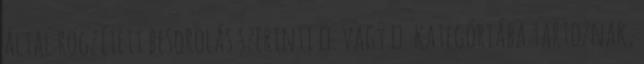
által rögzített besorolás szerinti Ⅴ. vagy Ⅵ. kategóriába tartoznak,